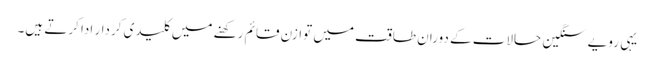
یہی رویے سنگین حالات کے دوران طاقت میں توازن قائم رکھنے میں کلیدی کردار ادا کرتے ہیں۔